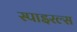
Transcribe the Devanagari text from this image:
स्पाइरल्स